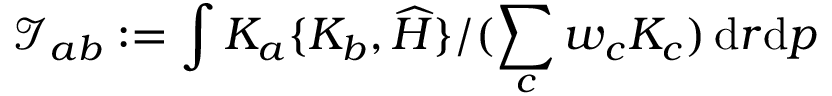
\mathcal { I } _ { a b } : = \int { K _ { a } \{ K _ { b } , \widehat H \} } / ( { \sum _ { c } w _ { c } K _ { c } } ) \, { \mathrm { d } } r { \mathrm { d } } p